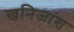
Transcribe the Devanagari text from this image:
खनिजांश